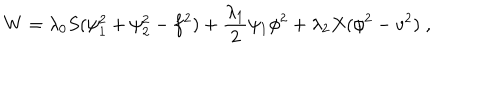
LaTeX: W = \lambda _ { 0 } S ( \psi _ { 1 } ^ { 2 } + \psi _ { 2 } ^ { 2 } - f ^ { 2 } ) + \frac { \lambda _ { 1 } } { 2 } \psi _ { 1 } \phi ^ { 2 } + \lambda _ { 2 } X ( \phi ^ { 2 } - v ^ { 2 } ) \; ,